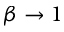
\beta \rightarrow 1